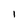
Character: I